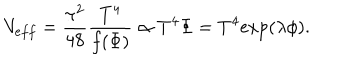
LaTeX: V _ { e f f } = \frac { \pi ^ { 2 } } { 4 8 } \frac { T ^ { 4 } } { f ( \Phi ) } \propto T ^ { 4 } \Phi = T ^ { 4 } \mathrm { e x p } ( \lambda \phi ) .